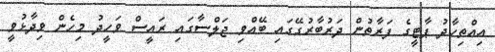
އިއްތިހާދު ޕާޓީގެ ފަރާތުން ދަރުބާރުގޭގައި ބޭއްވި ޖަލްސާގައި ރައީސް ވަހީދު މިހެން ވިދާޅުވީ